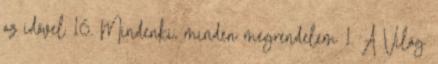
az idővel 16. Mindenki, minden megrendelem 1. A Világ